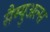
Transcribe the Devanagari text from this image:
सैम्युअल्स